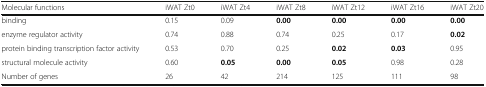
| Molecular functions | iWAT Zt0 | iWAT Zt4 | iWAT Zt8 | iWAT Zt12 | iWAT Zt16 | iWAT Zt20 |
 | --- | --- | --- | --- | --- | --- | --- |
 | binding | 0.15 | 0.09 | 0.00 | 0.00 | 0.00 | 0.00 |
 | enzyme regulator activity | 0.74 | 0.88 | 0.74 | 0.25 | 0.17 | 0.02 |
 | protein binding transcription factor activity | 0.53 | 0.70 | 0.25 | 0.02 | 0.03 | 0.95 |
 | structural molecule activity | 0.60 | 0.05 | 0.00 | 0.05 | 0.98 | 0.28 |
 | Number of genes | 26 | 42 | 214 | 125 | 111 | 98 |